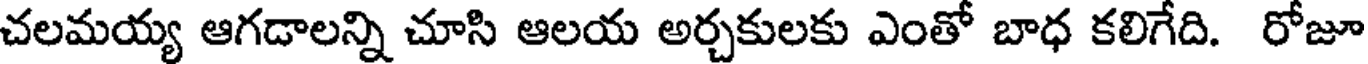
చలమయ్య ఆగడాలన్ని చూసి ఆలయ అర్చకులకు ఎంతో బాధ కలిగేది. రోజూ